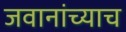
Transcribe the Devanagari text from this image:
जवानांच्याच